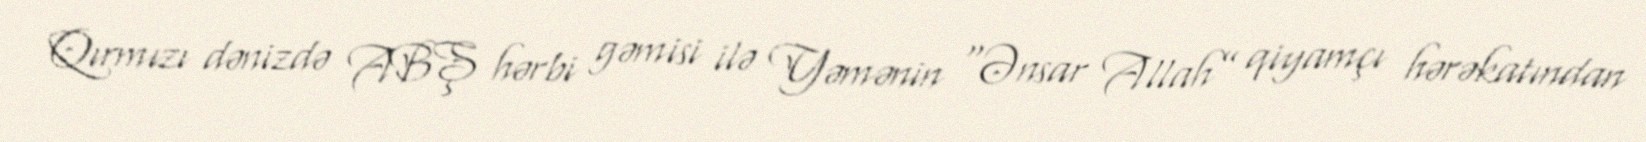
Qırmızı dənizdə ABŞ hərbi gəmisi ilə Yəmənin “Ənsar Allah” qiyamçı hərəkatından